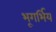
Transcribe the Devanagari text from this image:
भूगर्भिय